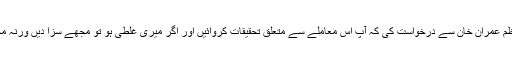
رضوان اسلم نے وزیراعظم عمران خان سے درخواست کی کہ آپ اس معاملے سے متعلق تحقیقات کروائیں اور اگر میری غلطی ہو تو مجھے سزا دیں ورنہ مجھے انصاف فراہم کریں۔